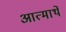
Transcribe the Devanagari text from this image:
आत्मार्थे